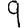
Digit: 9